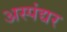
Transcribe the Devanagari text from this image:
अस्पंद्यर